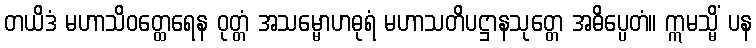
တယိဒံ မဟာသိဝတ္ထေရေန ဝုတ္တံ အသမ္မောဟဓုရံ မဟာသတိပဋ္ဌာနသုတ္တေ အဓိပ္ပေတံ။ ဣမသ္မိံ ပန